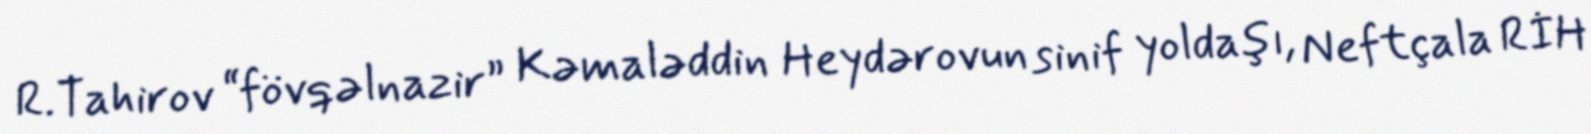
R.Tahirov “fövqəlnazir” Kəmaləddin Heydərovun sinif yoldaşı, Neftçala RİH